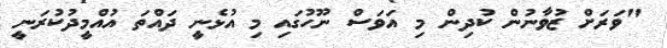
"ވަރަށް ޒުވާނުން ކުދިން މި އަވަސް ނޫހުގައި މި އުޅެނީ ދައްތަ އުއްމީދުކުރަނީ